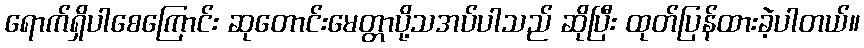
ရောက်ရှိပါစေကြောင်း ဆုတောင်းမေတ္တာပို့သအပ်ပါသည် ဆိုပြီး ထုတ်ပြန်ထားခဲ့ပါတယ်။